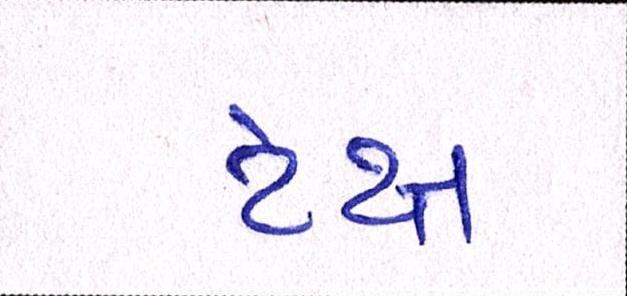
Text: ટેક્ષ